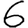
Digit: 6